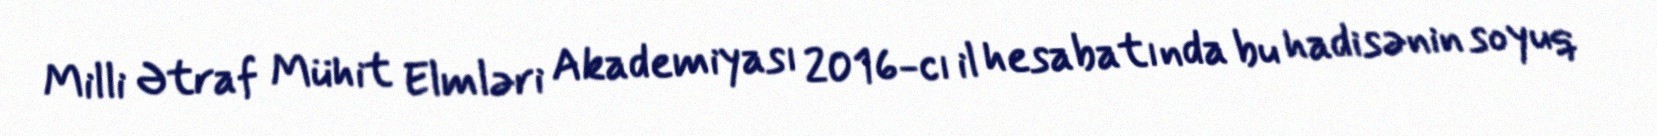
Milli Ətraf Mühit Elmləri Akademiyası 2016-cı il hesabatında bu hadisənin soyuq